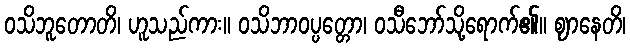
ဝသိဘူတောတိ၊ ဟူသည်ကား။ ဝသိဘာဝပ္ပတ္တော၊ ဝသီဘော်သို့ရောက်၏။ ဈာနေတိ၊